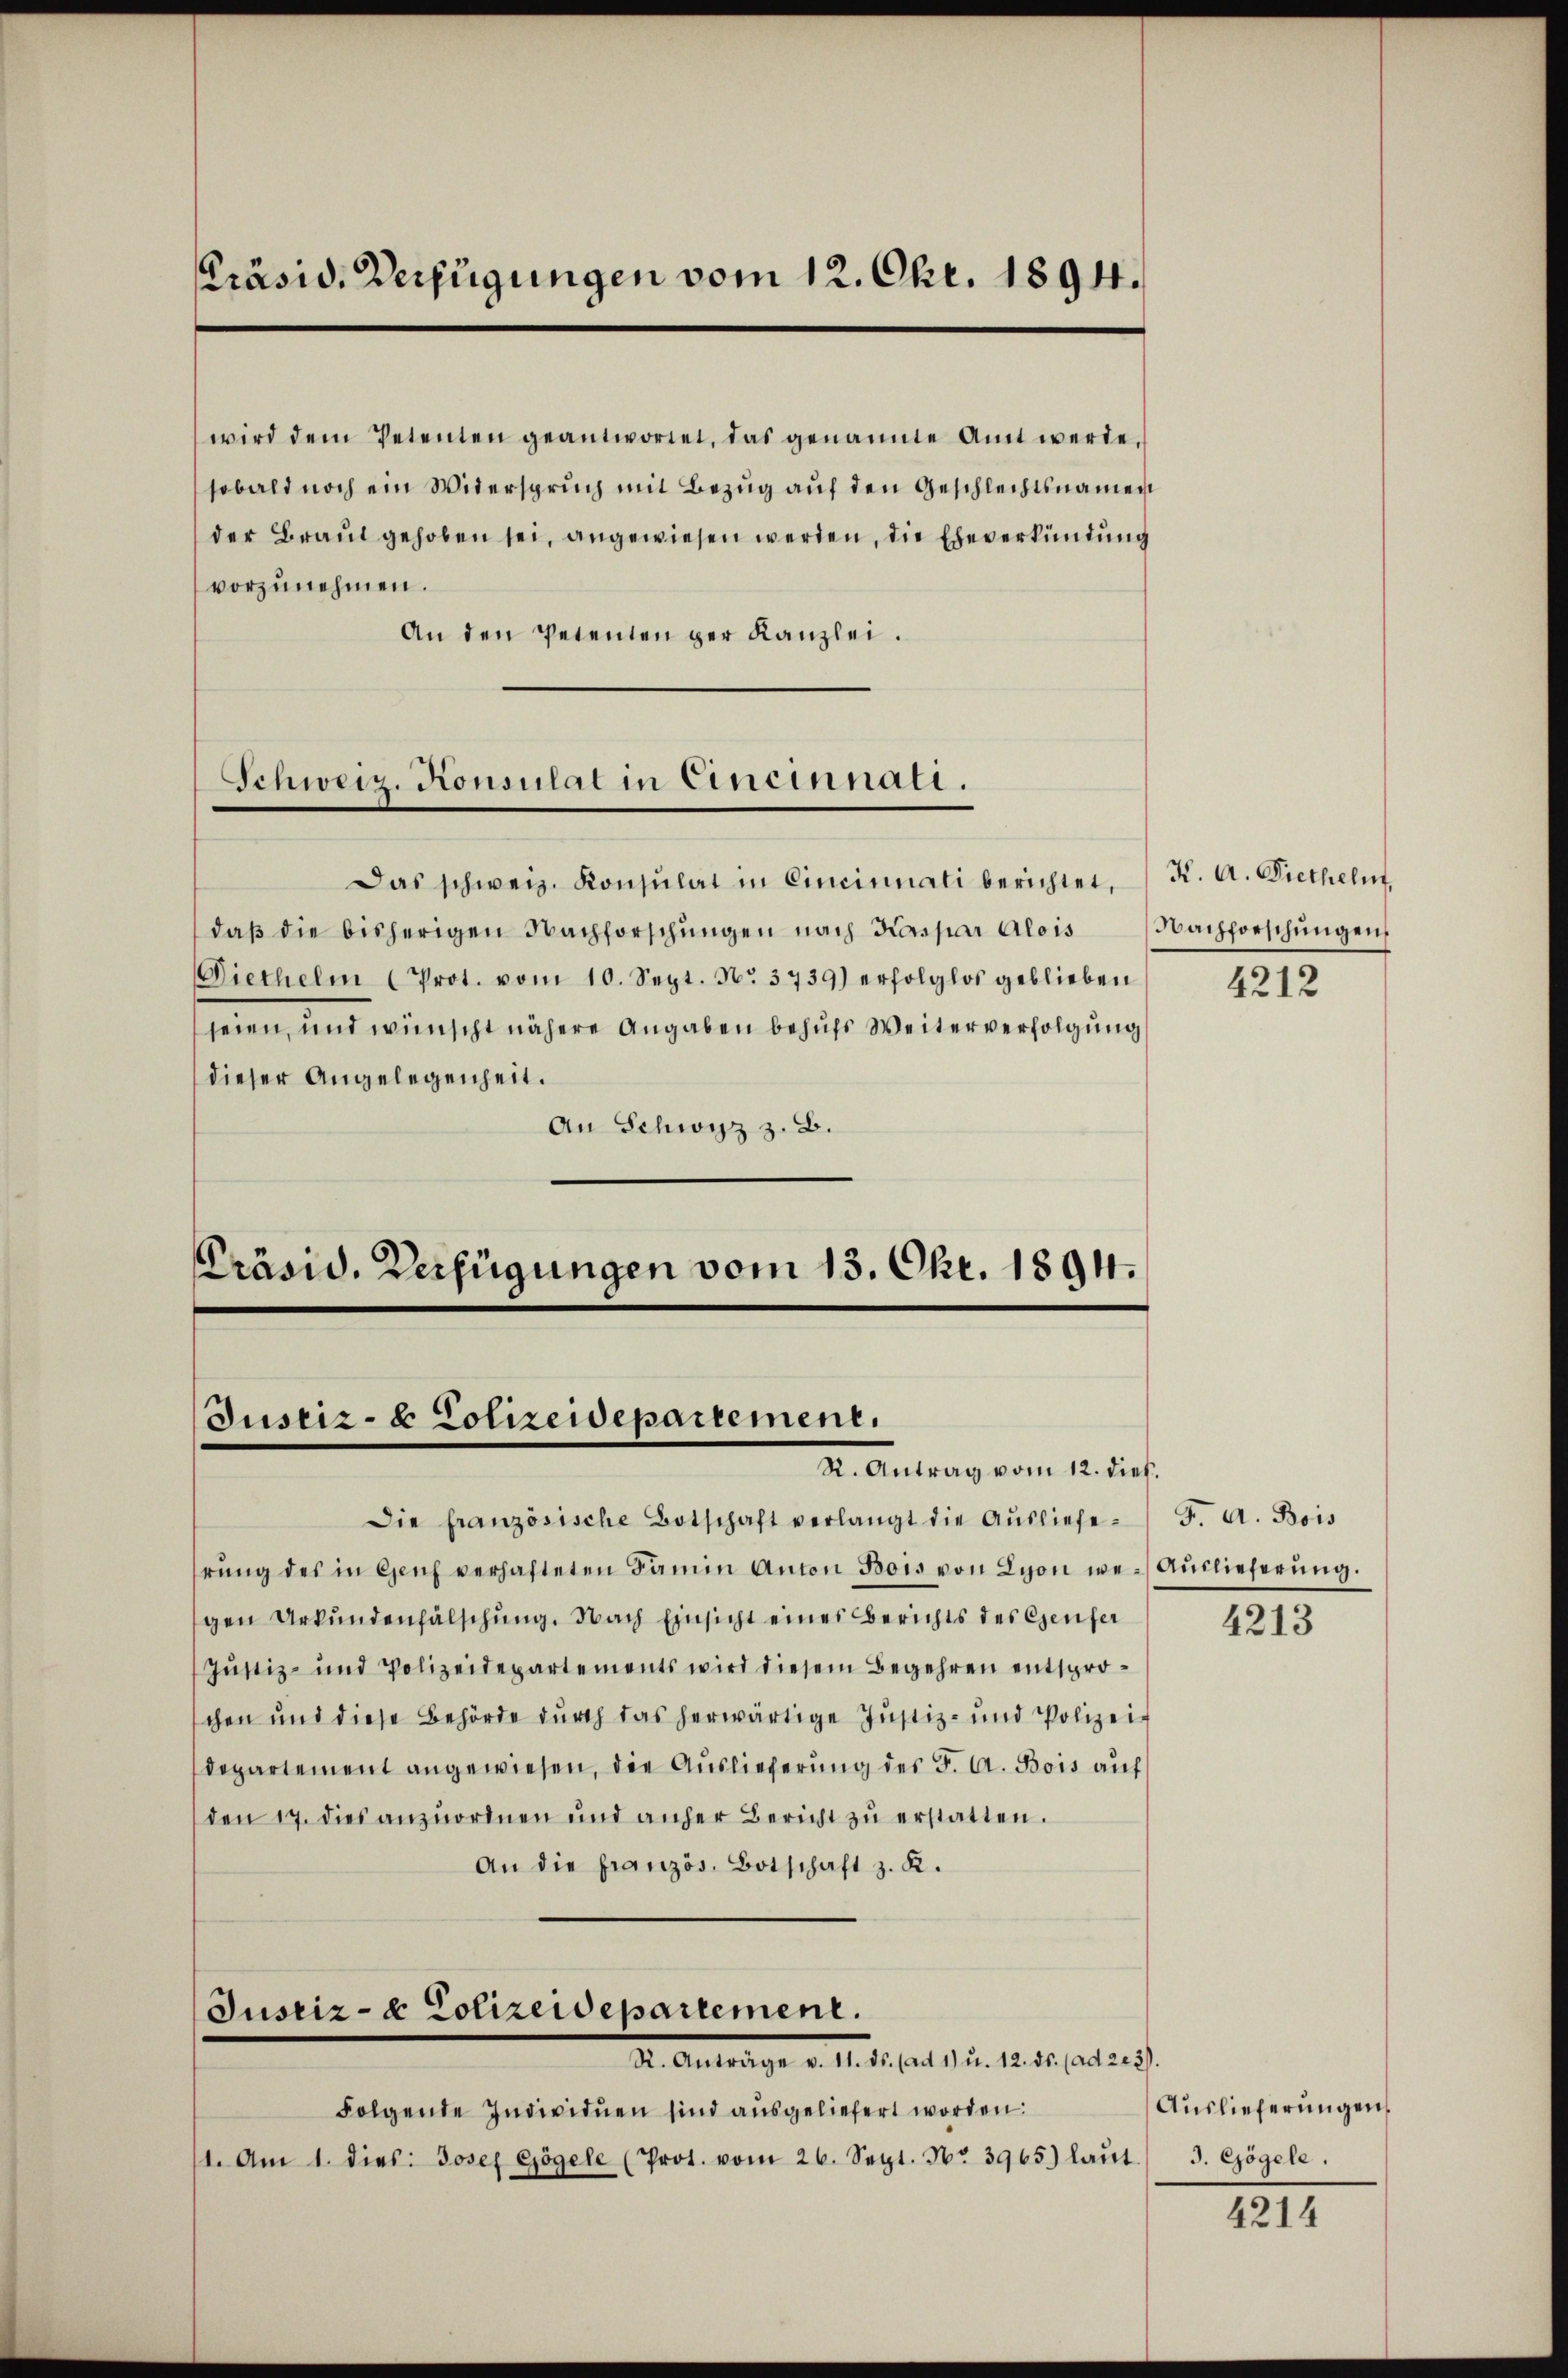
Präsid. Verfügungen vom 12. Okt. 1894.

vorzunehmen.
An den Petenten der Kanzlei.

Schweiz. Konsulat in Eineinnali.

Justiz- & Polizeidepartement.
R. Antrag vom 12. dieß.

wird dem Petenten geantwortet, das genannte Amt werde.
sobald noch ein Widerspruch mit Bezug auf den Geschlechtsnamen
der Braut gehoben sei, angewiesen werden, die Eheverkündung

Das schweiz. Konsulat in Cincinnati berichtet. K. A. Dietheln,
daβ die bisherigen Nachforschŭngen nach Krspar Alois Nachforschŭngen
Diethelm (Prot. vom 10. Sept. No. 3739) erfolglos geblieben
seien, und wünscht nähere Angaben behufs Weiterverfolgung
dieser Angelegenheit.
An Schwyz z. B.

Präsid. Verfügungen vom 13. Okt. 1894.

Justiz- & Polizeidepartement.
Dr. Antrage v. M. h. ad 1. 2. 18. 9. Mater i

Folgende Individuen sind ausgeliefert worden.
1. Am 1. dies: Josef Gögele (Prot. vom 26. Sept. No. 3965) laŭt.) J. Gögele

Die französische Botschaft verlangt die Aŭsliefe F. A. Bois
rŭng des in Genf verhafteten Famin Anton Bois von Lyon we-Aŭslieferŭng.
gen Urkundenfälschung. Nach Einsicht eines Berichts des Genfer
Justiz- und Polizeidepartements wird diesem Begehren entsprochen und diese Behörde durch das herwärtige Justiz- und Polizei-
departement angewiesen, die Auslieferung des F. A. Bois auf
den 17. dies anzŭordnen und anher Bericht zŭ erstatten.
An die französ. Botschaft z. K.

4212

4213

Auslieferungen

4214